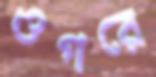
ওগরে